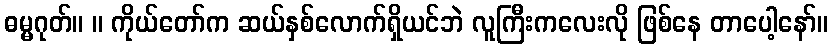
ဓမ္မဂုတ်။ ။ ကိုယ်တော်က ဆယ်နှစ်လောက်ရှိယင်ဘဲ လူကြီးကလေးလို ဖြစ်နေ တာပေါ့နော်။